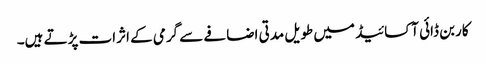
کاربن ڈائی آکسائیڈ میں طویل مدتی اضافے سے گرمی کے اثرات پڑتے ہیں۔